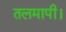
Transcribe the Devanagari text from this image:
तलमापी।